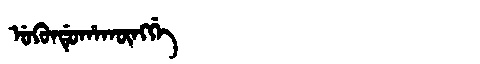
Manchu: ᡠᡴᡠᠨᡩᡠᡥᠠᡴᡡᠩᡤᡝ
Romanization: UKUNDUHAKŪNGGE